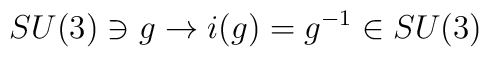
SU(3) \ni g \rightarrow i(g) = g^{-1} \in SU(3)